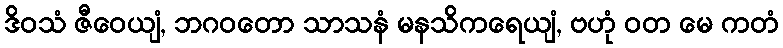
ဒိဝသံ ဇီဝေယျံ, ဘဂဝတော သာသနံ မနသိကရေယျံ, ဗဟုံ ဝတ မေ ကတံ